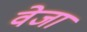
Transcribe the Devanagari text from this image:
वेजा